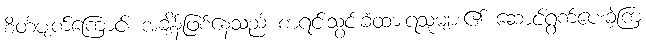
စိတ်ပျက်ကြောင်း အချိန်ဖြစ်နေသည် စာရင်းသွင်းခံထားရသူများ၏ ဆောင်ရွက်ပေးခဲ့ကြ